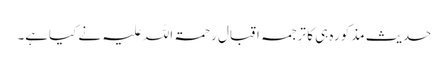
حدیث مذکورہ ہی کا ترجمہ اقبال رحمۃ اللہ علیہ نے کیاہے۔